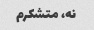
نه، متشکرم